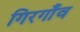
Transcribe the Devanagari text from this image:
गिरगाँव